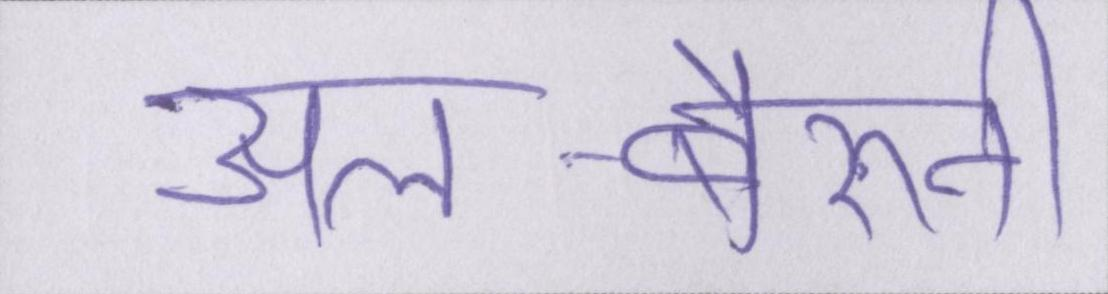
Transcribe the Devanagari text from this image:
अल-बेरुनी